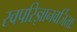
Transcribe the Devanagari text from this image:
स्वपरिज्ञानवर्जिताः